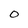
Character: 0